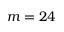
m = 2 4